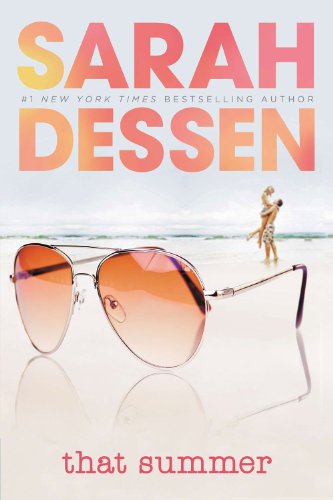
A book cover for That Summer; Sarah Dessen; Teen & Young Adult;